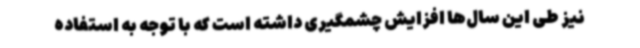
نیز طی این سال‌ها افزایش چشمگیری داشته است که با توجه به استفاده